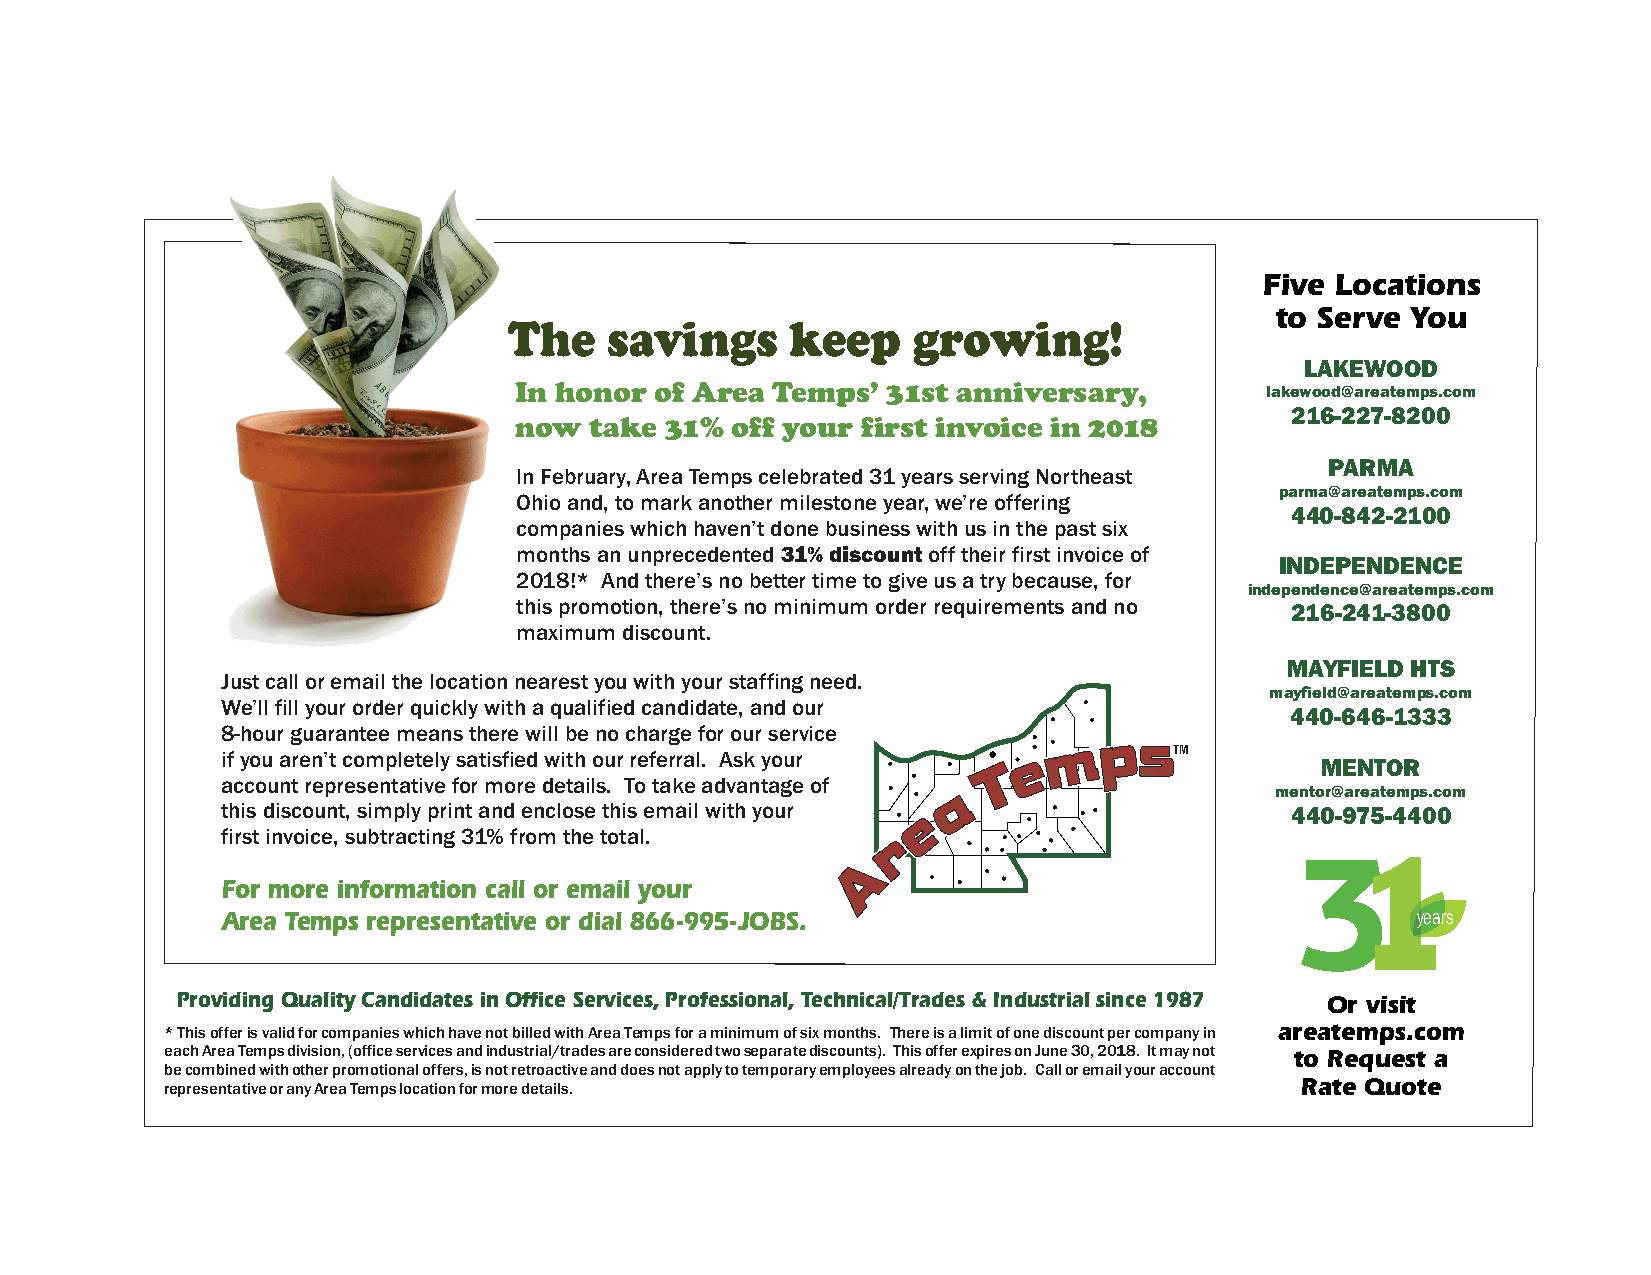
Five Locations
 to Serve You
 The   savings     keep    growing!
 LAKEWOOD
 In honor of Area Temps’  31st anniversary,        lakewood@areatemps.com
 216-227-8200
 now  take 31% off your first invoice in 2018
 PARMA
 In February, Area Temps celebrated 31 years serving Northeast
 parma@areatemps.com
 Ohio and, to mark another milestone year, we’re offering
 440-842-2100
 companies which haven’t done business with us in the past six
 months an unprecedented 31% discount off their first invoice of
 INDEPENDENCE
 2018!* And there’s no better time to give us a try because, for
 independence@areatemps.com
 this promotion, there’s no minimum order requirements and no 216-241-3800
 maximum discount.
 MAYFIELD HTS
 Just call or email the location nearest you with your staffing need.
 mayfield@areatemps.com
 We’ll fill your order quickly with a qualified candidate, and our
 440-646-1333
 8-hour guarantee means there will be no charge for our service
 if you aren’t completely satisfied with our referral. Ask your TM
 MENTOR
 account representative for more details. To take advantage of
 mentor@areatemps.com
 this discount, simply print and enclose this email with your          440-975-4400
 first invoice, subtracting 31% from the total.
 FFFooorrr mmmooorrreee iiinnnfffooorrrmmmaaatttiiiooonnn cccaaallllll ooorrr eeemmmaaaiiilll yyyooouuurrr
 AAArrreeeaaa TTTeeemmmpppsss rrreeeppprrreeessseeennntttaaatttiiivvveee ooorrr dddiiiaaalll 888666666---999999555---JJJOOOBBBSSS... years
 Providing Quality Candidates in Office Services, Professional, Technical/Trades & Industrial since 1987 Or visit
 * This offer is valid for companies which have not billed with Area Temps for a minimum of six months. There is a limit of one discount per company in areatemps.com
 each Area Temps division, (office services and industrial/trades are considered two separate discounts). This offer expires on June 30, 2018. It may not to Request a
 be combined with other promotional offers, is not retroactive and does not apply to temporary employees already on the job. Call or email your account
 representative or any Area Temps location for more details.                Rate Quote